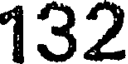
132